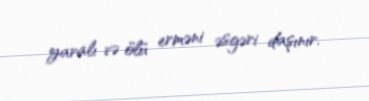
yaralı və ölü erməni əsgəri daşınır.